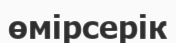
өмірсерік